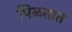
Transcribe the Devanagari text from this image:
पिळतात